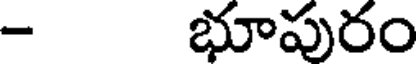
- భూపురం